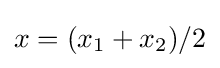
x=(x_{1}+x_{2})/2